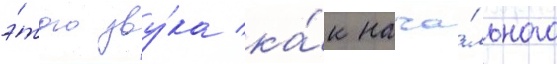
э́того зву́ка ка́к нача́льного